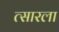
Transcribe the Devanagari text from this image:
त्सारला